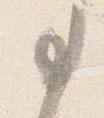
事